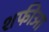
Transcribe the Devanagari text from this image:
शफीआ